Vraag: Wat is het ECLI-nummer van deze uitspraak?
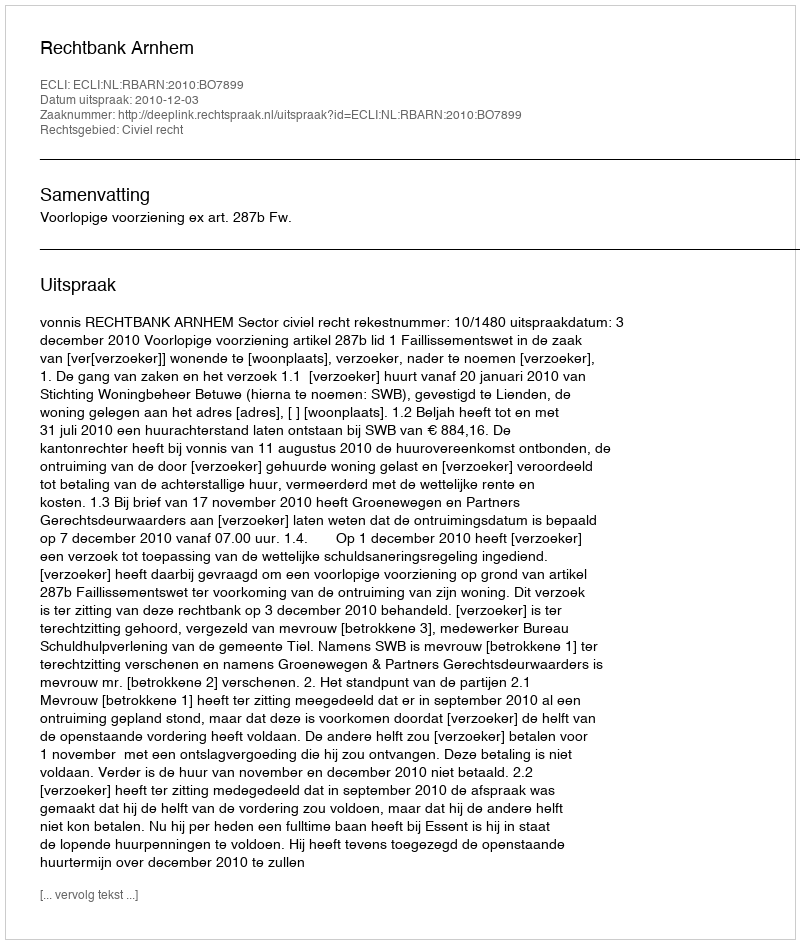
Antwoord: ECLI:NL:RBARN:2010:BO7899